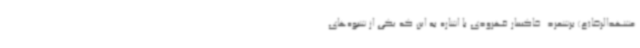
مشهدالرضا(ع) برشمرد. خاکسار قهرودی با اشاره به این که یکی از شیوه‌های